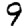
Digit: 9